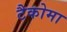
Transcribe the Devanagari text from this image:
टैकोमा